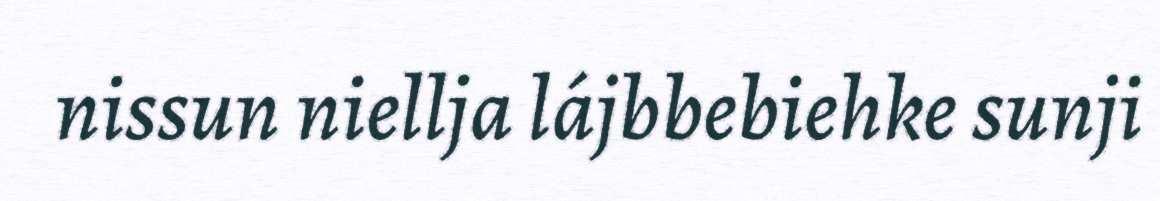
nissun niellja lájbbebiehke sunji